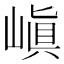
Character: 嵮